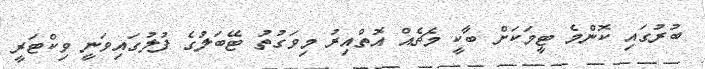
ބުރުގައި ކޮންމެ ޓީމަކަށް ބާކީ މެޗެއް އޮތްއިރު މިވަގުތު ޓޭބަލުގެ ފުލުގައިވަނީ ވިކްޓަރީ